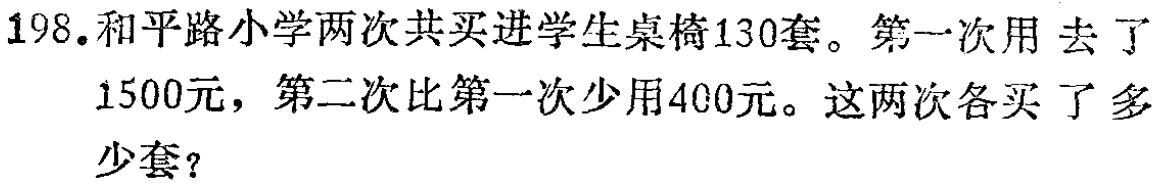
198.和平路小学两次共买进学生桌椅130套。第一次用去了1500元，第二次比第一次少用400元。这两次各买了多少套？